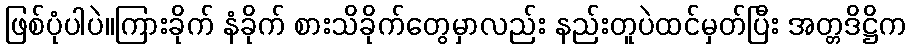
ဖြစ်ပုံပါပဲ။ကြားခိုက် နံခိုက် စားသိခိုက်တွေမှာလည်း နည်းတူပဲထင်မှတ်ပြီး အတ္တဒိဋ္ဌိက